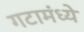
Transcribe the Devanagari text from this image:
गटामंध्ये